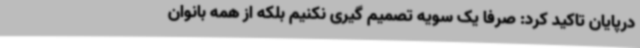
درپایان تاکید کرد: صرفا یک سویه تصمیم گیری نکنیم بلکه از همه بانوان